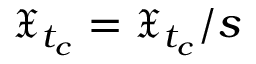
\mathfrak { X } _ { t _ { c } } = \mathfrak { X } _ { t _ { c } } / s